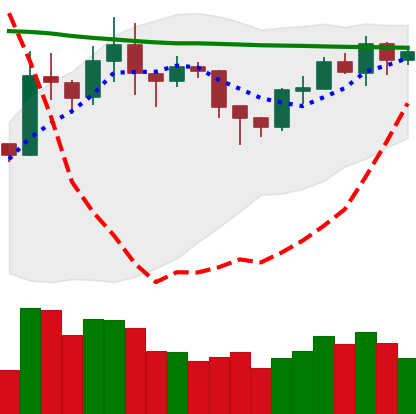
Ticker: XRP-USD
Chart end date: 2020-02-01
Forward return: 16.881%
Label: up_7plus